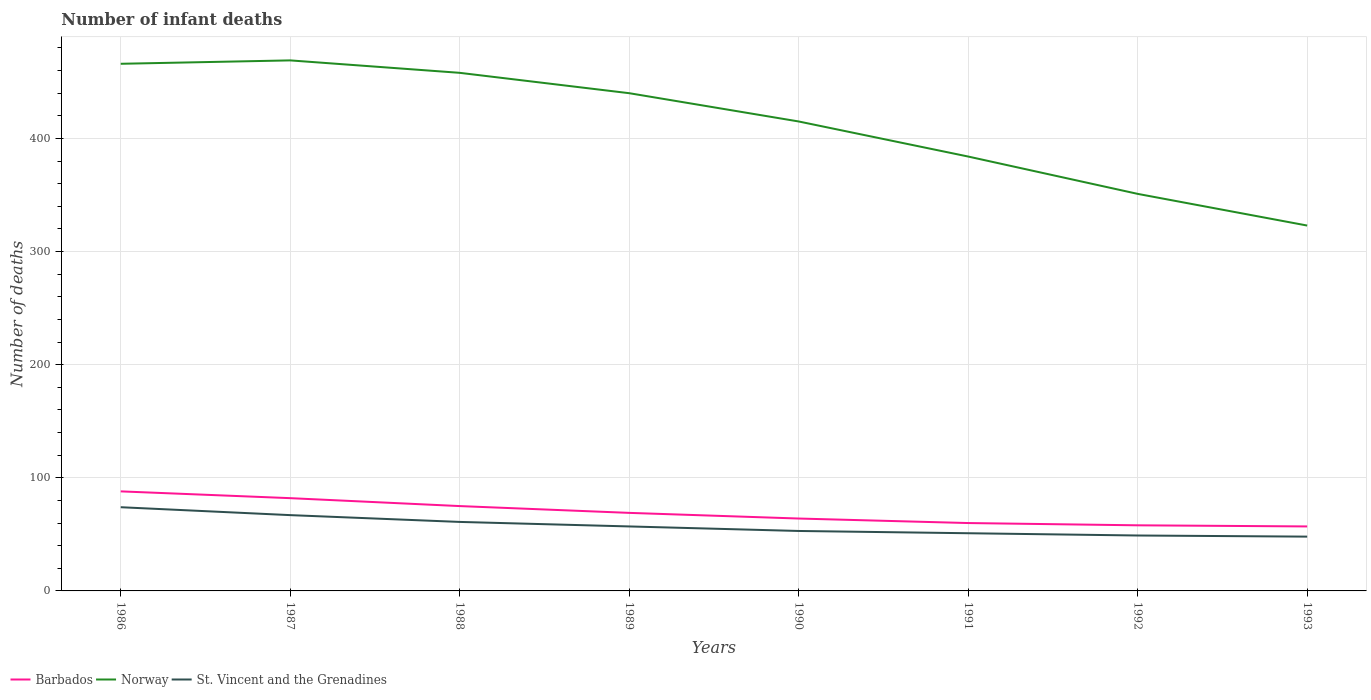
| Years | Barbados | Norway | St. Vincent and the Grenadines |
 | --- | --- | --- | --- |
 | 1986 | 88 | 466 | 74 |
 | 1987 | 82 | 469 | 67 |
 | 1988 | 75 | 458 | 61 |
 | 1989 | 69 | 440 | 57 |
 | 1990 | 64 | 415 | 53 |
 | 1991 | 60 | 384 | 51 |
 | 1992 | 58 | 351 | 49 |
 | 1993 | 57 | 323 | 48 |